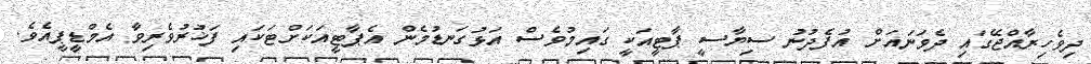
ދިވެހިރާއްޖޭގައި ދެވަނައަށް އުފެދުނު ސިޔާސީ ޕާޓީއަކީ ގައިމުވެސް އަޅުގަނޑުމެން އެޕާޓީއަކަށްޓަކައި ފަޚުރުވެރިވާ އެމްޑީޕީއެވެ.